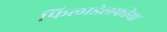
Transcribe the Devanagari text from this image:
फिलाडेलफीया